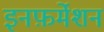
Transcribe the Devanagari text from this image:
इनफ़र्मेशन